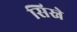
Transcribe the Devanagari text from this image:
सिस्ने